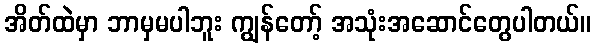
အိတ်ထဲမှာ ဘာမှမပါဘူး ကျွန်တော့် အသုံးအဆောင်တွေပါတယ်။